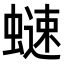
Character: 𧐒